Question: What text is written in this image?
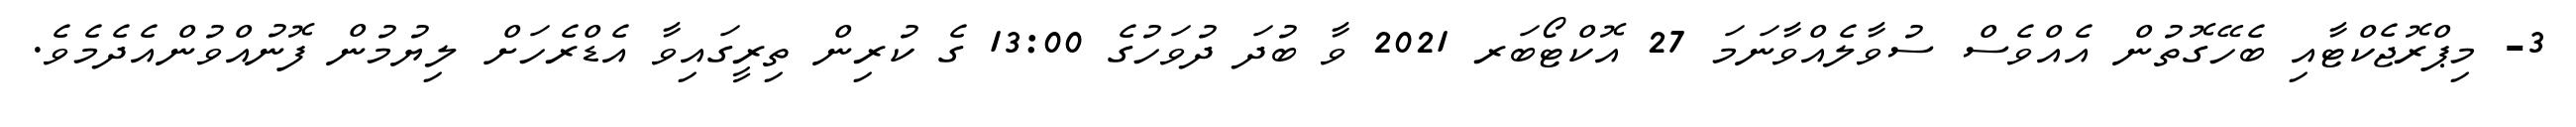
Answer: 3- މިޕްރޮޖެކްޓާއި ބެހޭގޮތުން އެއްވެސް ސުވާލެއްވާނަމަ 27 އޮކްޓޯބަރ 2021 ވާ ބުދަ ދުވަހުގެ 13:00 ގެ ކުރިން ތިރީގައިވާ އެޑްރެހަށް ލިޔުމުން ފޮނުއްވުންއެދެމެވެ.